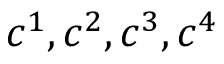
\boldsymbol { c } ^ { 1 } , \boldsymbol { c } ^ { 2 } , \boldsymbol { c } ^ { 3 } , \boldsymbol { c } ^ { 4 }